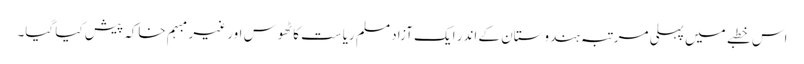
اس خطبے میں پہلی مرتبہ ہندوستان کے اندر ایک آزاد مسلم ریاست کا ٹھوس اور غیر مبہم خاکہ پیش کیا گیا۔